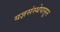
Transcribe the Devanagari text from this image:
यज्ञसंस्थेपासून